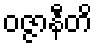
ဝဇ္ဇာနီတိ